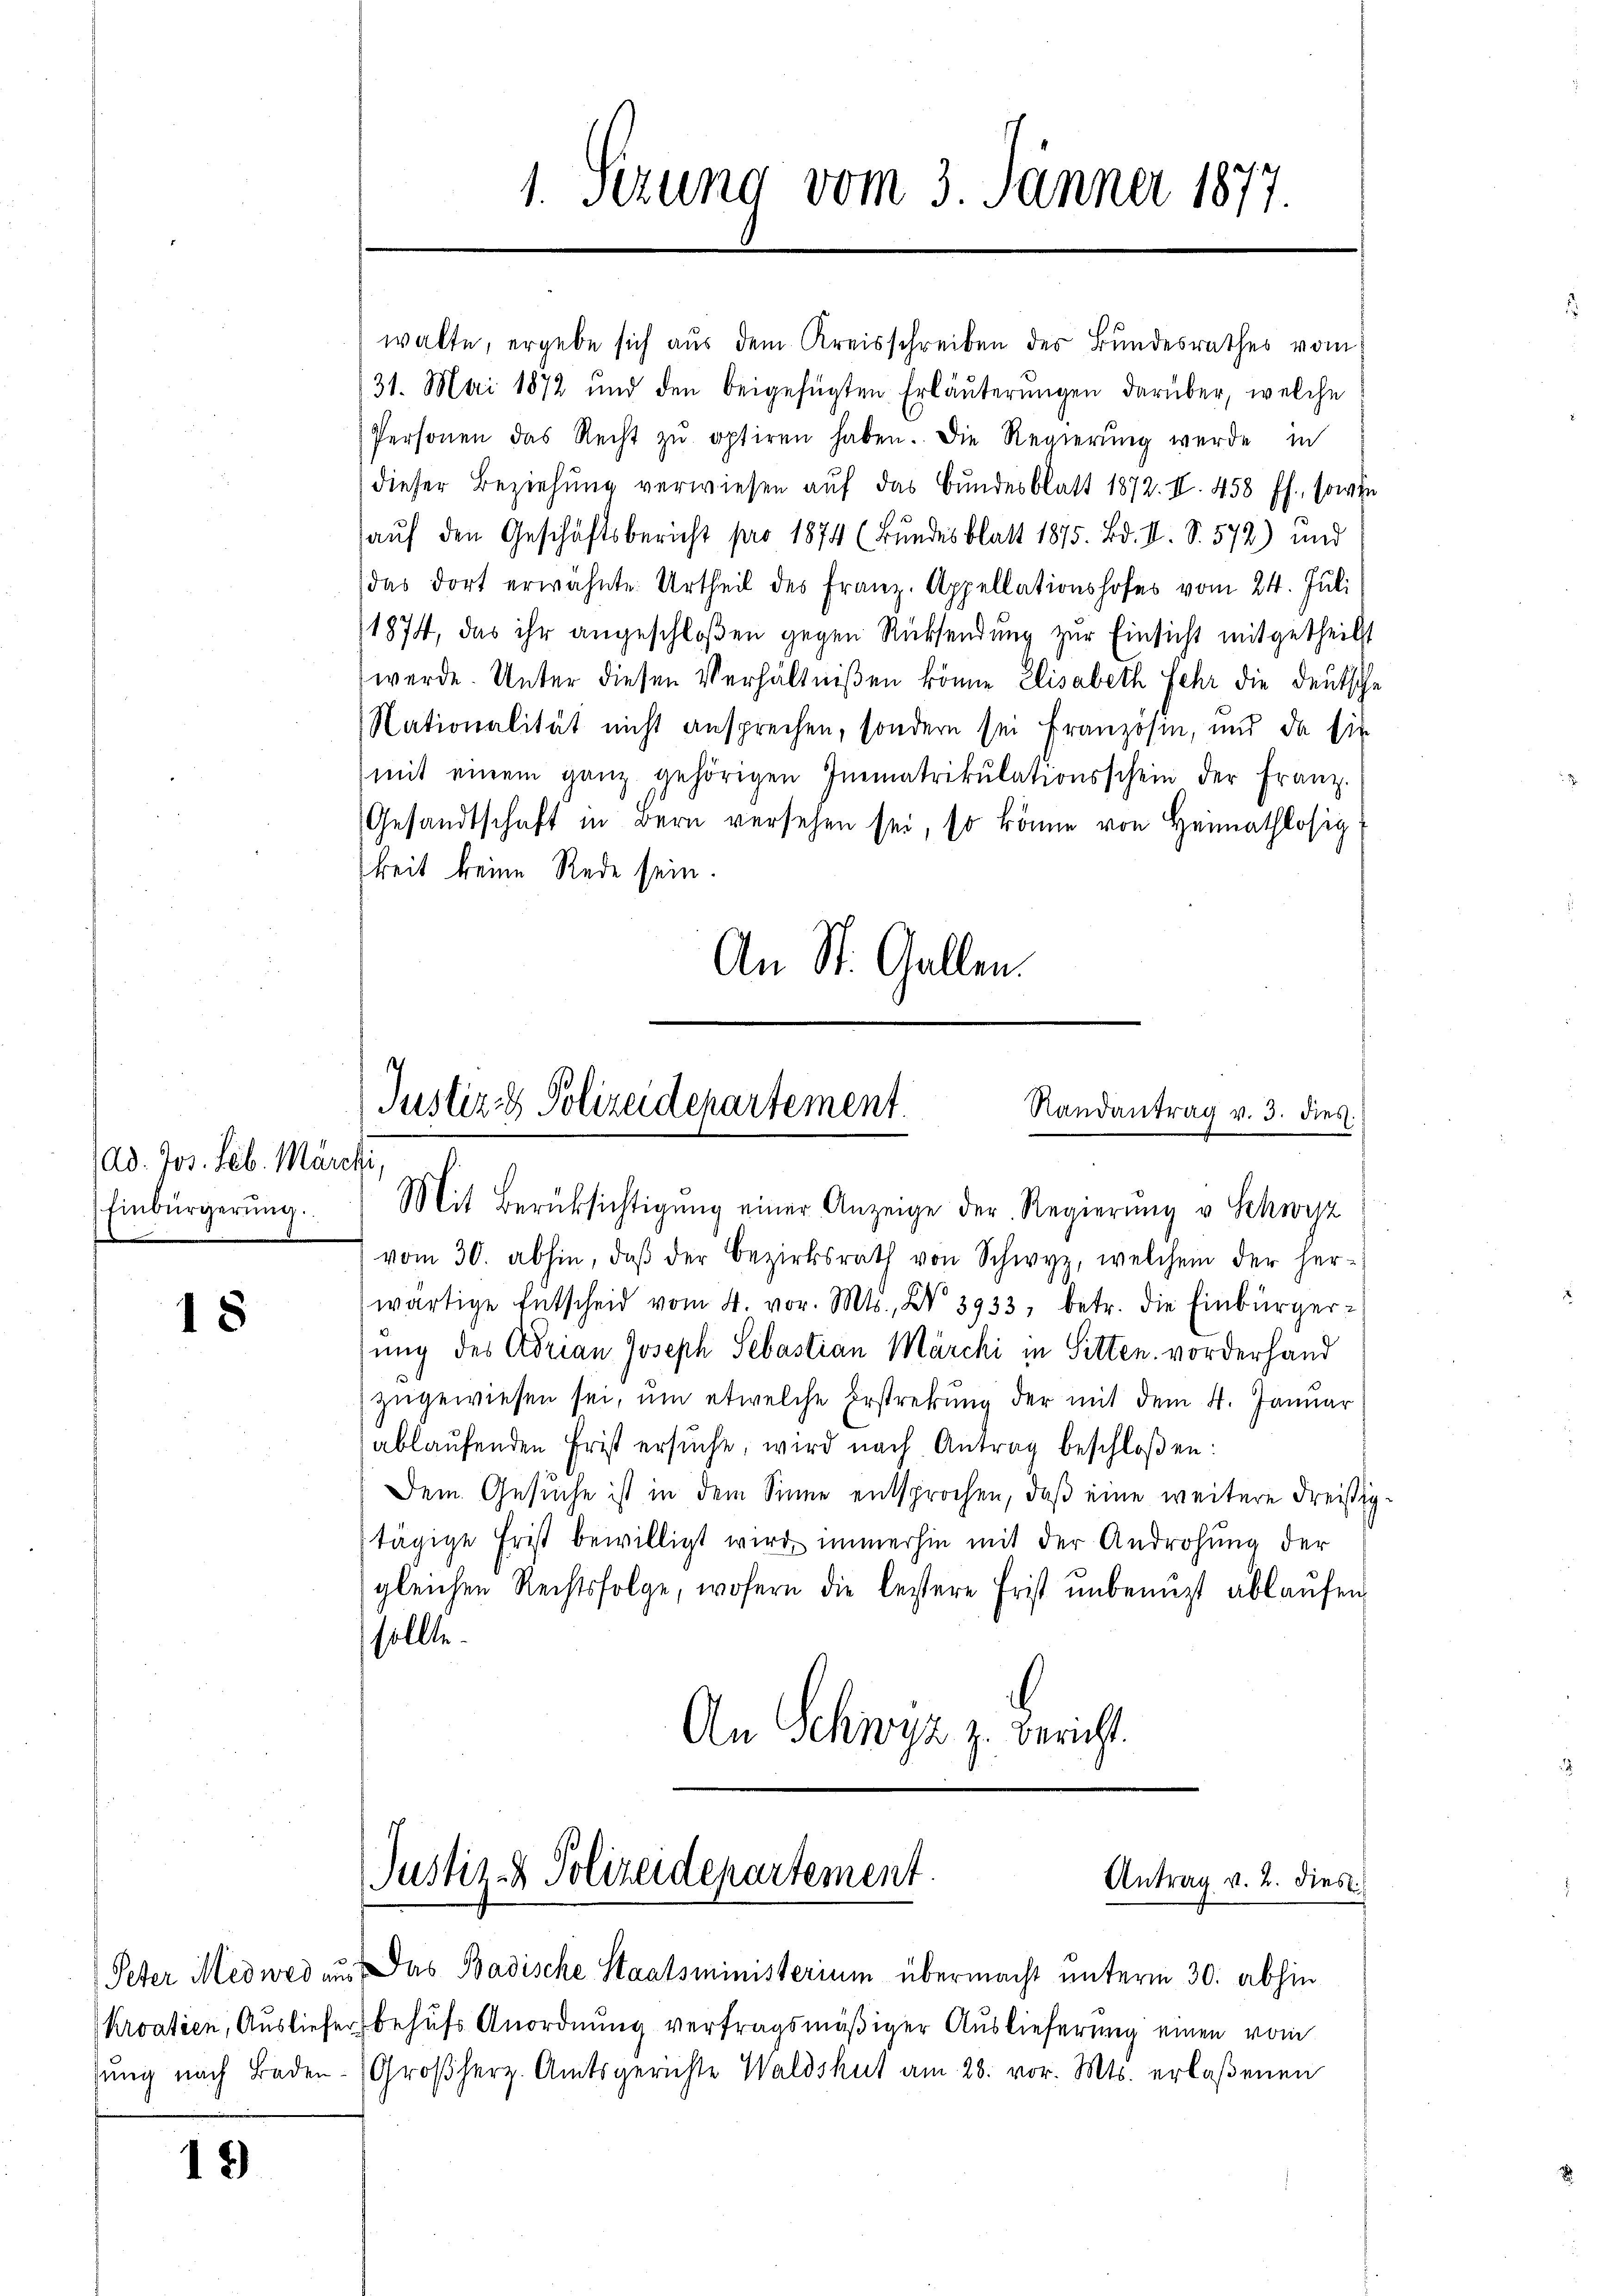
Ad. Jos. Seb. Märche,
Einbürgerung.

18

18

1. Serung vom 3. Jänner 1877.

walte, ergebe sich aus dem Kreisschreiben des Bundesrathes vom
31. Mai 1872 und den beigefügten Erläuterungen darüber, welche
Personen das Recht zŭ optiren haben. Die Regierŭng werde in
dieser Beziehung verwiesen auf das Bundesblatt 1872. II. 458 ff., sowie
auf den Geschäftsbericht pro 1874 (Bundesblatt 1875. Bd. II. S. 572) und
das dort erwähnte Urtheil des Franz. Appellationshofes vom 24. Juli
1874, das ihr angeschloßen gegen Rücksendung zur Einsicht mitgetheilt
werde. Unter diesen Verhältnißen könne Elisabeth sehr die Deutsche
Nationalität nicht ansprechen, sondern sei Französin, und da sie
mit einem ganz gehörigen Inematrikŭlationsschein der Franz.
Gesandtschaft in Bern versehen sei, so könne von Heimathlosig
keit keine Rede sein.
An St. Gallen.

s
Justiz & Polizeidepartement.
Randantrag v. 3. dies.
Mit Berüksichtigŭng einer Anzeige der Regierung v. Schwyz

vom 30. abhin, daβ der Bezirksrath von Schwyz, welchem der her-
wärtige Entscheid vom 4. vor. Mts., Nr. 3933, betr. die Einbürger-
sung des Adrian Joseph Sebastian Marchi in Sitten vorderhand
zugewiesen sei, um etwelche Erstrebung der mit dem 4. Januar
ablaufenden Frist ersŭche, wird nach Antrag beschloßen:
Dem Gesuche ist in dem Sinne entsprochen, daß eine weitere Freißigtägige Frist bewilligt wird immerhin mit der Androhung der
gleichen Rechtsfolge, wofern die bestere Frist ŭnbenuzt ablaŭfen,
sollte.
An Schwyz z. Bericht.

Justiz- & Polizeidepartement.
Antrag v. 2. dies

Peter Medweden. Das Badische Staatsministerium übermacht unterm 30. abhin
kroatien, Ausliefer behufs Anordnung vertragsmäßiger Auslieferung einen vom
sung nach Baden Großherz. Amtsgerichte Waldshut am 28. vor. Mts. erlaßenen